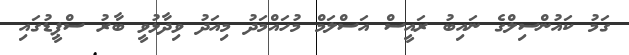
ގަމު ކައުންސިލްގެ ނައިބު ރައީސް އަސްލަމް މުހައްމަދު މިއަދު ވިދާޅުވީ ބާރު ސްޕީޑުގައި